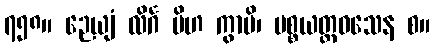
၇၅၈။ ဉေယျံ လိင်္ဂ မိဟ ကွာပိ၊ ပစ္စယတ္ထဝသေန စ။